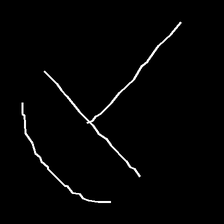
Glyph: dispersion